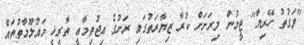
"ވަގުތު ހޭރިޔާ" ޓީމުން މިރަށަށް ކުރާ ޒިޔާރަތުގައި ރަށުގެ އިޖުތިމާޢީ ތާރީޚީ މައުލޫމާތުތައް